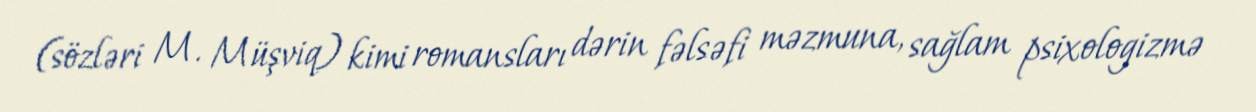
(sözləri M. Müşviq) kimi romansları dərin fəlsəfi məzmuna, sağlam psixologizmə